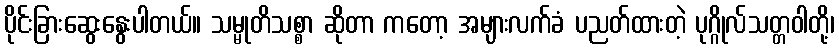
ပိုင်းခြားဆွေးနွေးပါတယ်။ သမ္မုတိသစ္စာ ဆိုတာ ကတော့ အများလက်ခံ ပညတ်ထားတဲ့ ပုဂ္ဂိုလ်သတ္တဝါတို့၊